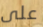
على